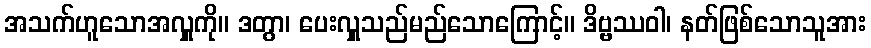
အသက်ဟူသောအလှူကို။ ဒတွာ၊ ပေးလှူသည်မည်သောကြောင့်။ ဒိဗ္ဗဿဝါ၊ နတ်ဖြစ်သောသူအား